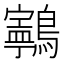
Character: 𱉂